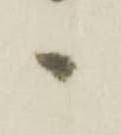
へ